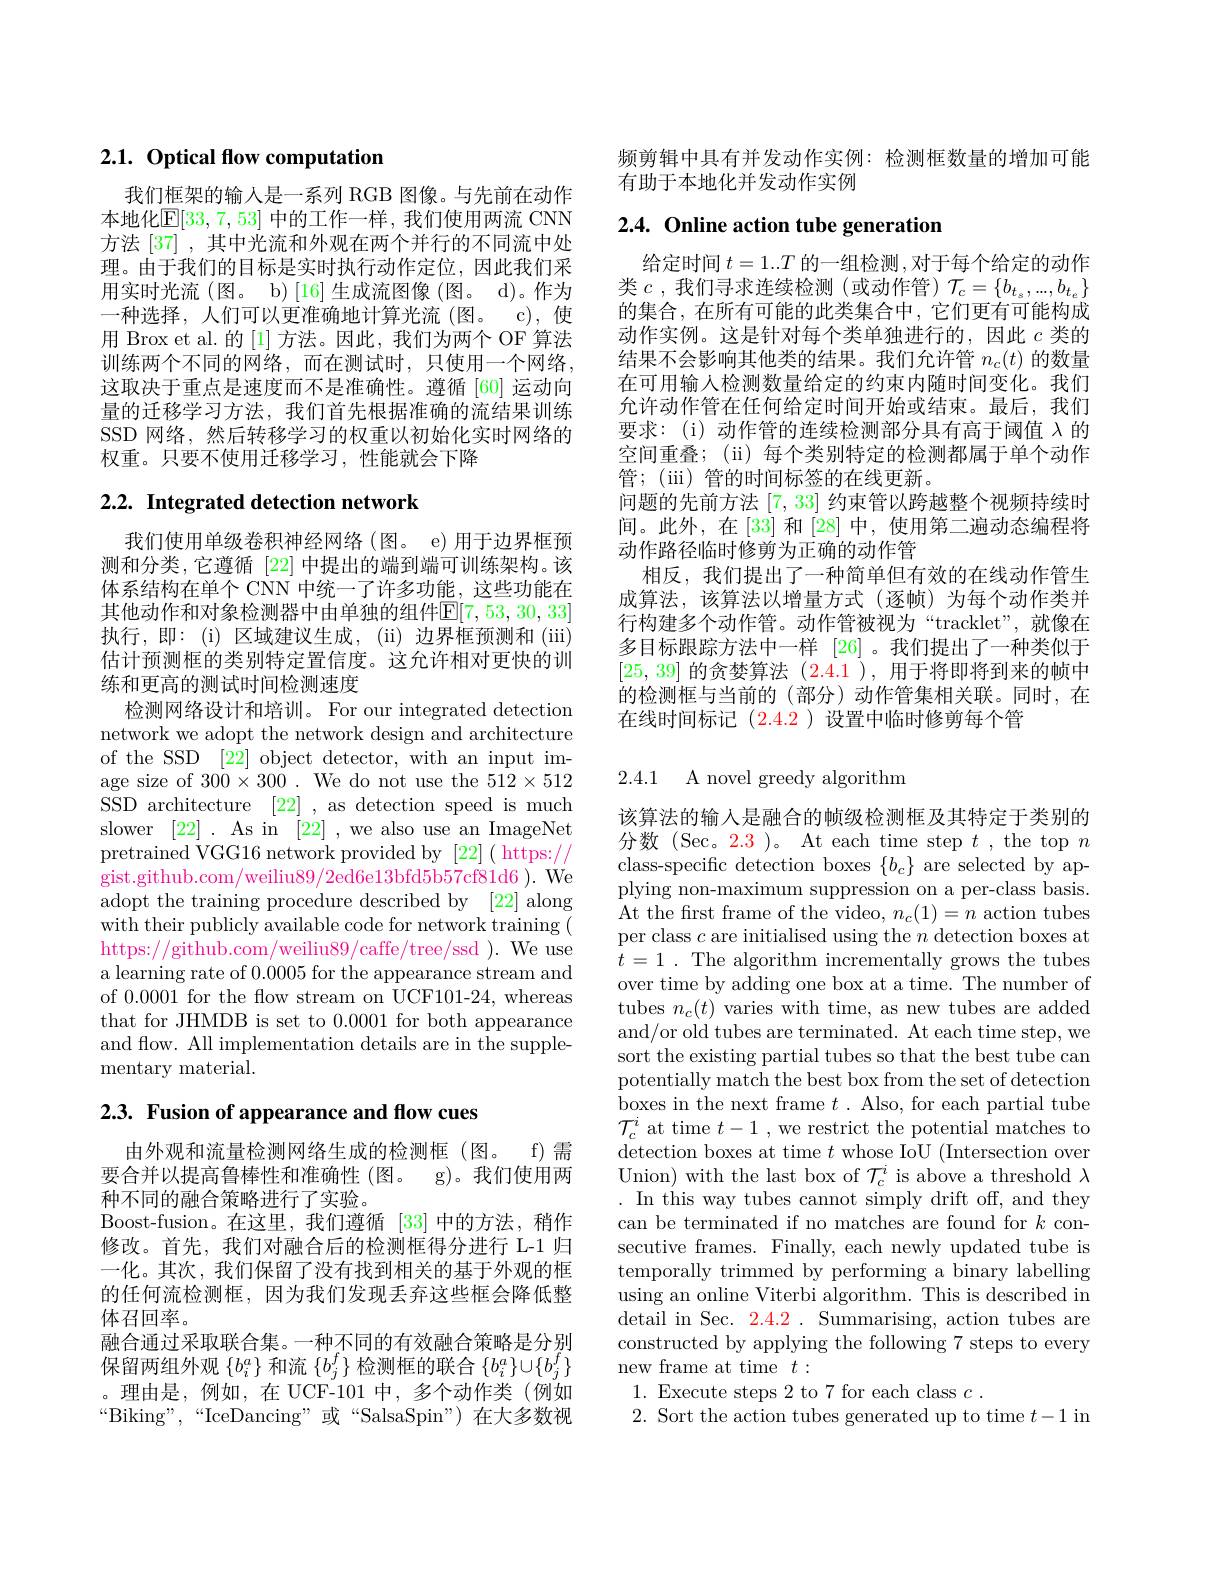
# 2.1. Optical fow computation

我们框架的输入是一系列 RGB 图像。与先前在动作本地化$\mathbb{E}[33,7,53]$ 中的工作一样，我们使用两流 CNN 方法 [37] , 其中光流和外观在两个并行的不同流中处理。由于我们的目标是实时执行动作定位，因此我们采用实时光流(图。b)[16]生成流图像(图。d)。作为一种选择，人们可以更准确地计算光流(图。c),使用 Brox et al. 的 [1] 方法。因此，我们为两个 OF 算法训练两个不同的网络，而在测试时，只使用一个网络， 这取决于重点是速度而不是准确性。遵循[60] 运动向量的迁移学习方法，我们首先根据准确的流结果训练SSD 网络，然后转移学习的权重以初始化实时网络的权重。只要不使用迁移学习，性能就会下降

## 2.2. Integrated detection network

我们使用单级卷积神经网络(图。e) 用于边界框预测和分类，它遵循 [22] 中提出的端到端可训练架构。该体系结构在单个 CNN 中统一了许多功能，这些功能在其他动作和对象检测器中由单独的组件$\mathbb{E}[7,53,30,33]$ 执行，即：(i) 区域建议生成，(ii) 边界框预测和 (iii) 估计预测框的类别特定置信度。这允许相对更快的训练和更高的测试时间检测速度
检测网络设计和培训。For our integrated detection network we adopt the network design and architecture of the SSD [22] object detector, with an input image size of $300\times300.$ We do not use the $512\times512$ SSD architecture [22] , as detection speed is much slower [22] . As in [22] , we also use an ImageNet pretrained VGG16 network provided by [22]( https:// gist.github.com/weiliu89/2ed6e13bfd5b57cf81d6). We adopt the training procedure described by [22] along with their publicly available code for network training ( https://github.com/weiliu89/caffe/tree/ssd ). We use a learning rate of 0.0005 for the appearance stream and of 0.0001 for the flow stream on UCF101-24, whereas that for JHMDB is set to 0.0001 for both appearance and flow. All implementation details are in the supplementary material.

2.3. Fusion of appearance and flow cues

由外观和流量检测网络生成的检测框(图。f)需要合并以提高鲁棒性和准确性(图。g)。我们使用两种不同的融合策略进行了实验。
Boost-fusion。在这里，我们遵循[33]中的方法，稍作修改。首先，我们对融合后的检测框得分进行 L-1 归一化。其次，我们保留了没有找到相关的基于外观的框的任何流检测框，因为我们发现丢弃这些框会降低整体召回率。
融合通过采取联合集。一种不同的有效融合策略是分别保留两组外观$\{b_i^a\}$和流$\{b_j^f\}$检测框的联合$\{b_i^a\}\cup\{b_j^f\}$ 。理由是，例如，在 UCF-101 中，多个动作类(例如$“$Biking",“IceDancing”或“SalsaSpin”)在大多数视

频剪辑中具有并发动作实例：检测框数量的增加可能
有助于本地化并发动作实例

# 2.4. Online action tube generation

给定时间$t=1..T$的一组检测 ,对于每个给定的动作类$c$,我们寻求连续检测(或动作管)$\mathcal{T}_c=\{b_t_s,...,b_{t_e}\}$ 的集合，在所有可能的此类集合中，它们更有可能构成动作实例。这是针对每个类单独进行的，因此$c$类的结果不会影响其他类的结果。我们允许管$n_c(t)$的数量在可用输人检测数量给定的约束内随时间变化。我们允许动作管在任何给定时间开始或结束。最后，我们要求：(i)动作管的连续检测部分具有高于阈值$\lambda$的空间重叠；(ii) 每个类别特定的检测都属于单个动作管；(iii) 管的时间标签的在线更新。
问题的先前方法[7,33]约束管以跨越整个视频持续时间。此外，在[33] 和[28] 中，使用第二遍动态编程将动作路径临时修剪为正确的动作管
相反，我们提出了一种简单但有效的在线动作管生成算法，该算法以增量方式(逐帧)为每个动作类并行构建多个动作管。动作管被视为“tracklet”,就像在多目标跟踪方法中一样 [26]。我们提出了一种类似于[25,39]的贪婪算法 (2.4.1), 用于将即将到来的帧中的检测框与当前的(部分)动作管集相关联。同时，在在线时间标记$(\color{red}{2.4.2})$设置中临时修剪每个管

## 2.4.1 A novel greedy algorithm

该算法的输入是融合的帧级检测框及其特定于类别的分数 (Sec。2.3 )。At each time step $t$ ,the top $n$ class-specific detection boxes $\{b_c\}$ are selected by applying non-maximum suppression on a per-class basis. At the frst frame of the video, $n_c(1)=n$ action tubes per class $c$ are initialised using the $n$ detection boxes at $t=1.$ The algorithm incrementally grows the tubes over time by adding one box at a time. The number of tubes $n_c(t)$ varies with time, as new tubes are added and/or old tubes are terminated. At each time step, we sort the existing partial tubes so that the best tube can potentially match the best box from the set of detection boxes in the next frame $t.$ Also, for each partial tube $\mathcal{T}_{c}^{i}$ at time $t-1$ , we restrict the potential matches to detection boxes at time $t$ whose IoU (Intersection over Union) with the last box of $\mathcal{T}_c^i$ is above a threshold $\lambda$ In this way tubes cannot simply drift off, and they can be terminated if no matches are found for $k$ consecutive frames. Finally, each newly updated tube is temporally trimmed by performing a binary labelling using an online Viterbi algorithm. This is described in detail in Sec. 2.4.2. Summarising, action tubes are constructed by applying the following 7 steps to every new frame at time $t:$
1. Execute steps 2 to 7 for each class $c.$
2. Sort the action tubes generated up to time $t-1$ in